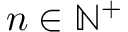
n \in \mathbb { N } ^ { + }